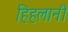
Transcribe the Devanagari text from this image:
हिहलानी